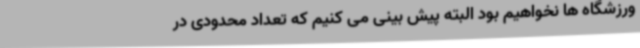
ورزشگاه ها نخواهیم بود البته پیش بینی می کنیم که تعداد محدودی در